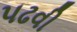
પઢવી